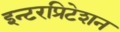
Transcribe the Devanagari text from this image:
इन्टरप्रिटेशन